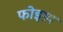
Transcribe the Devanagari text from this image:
फोइग्न्य